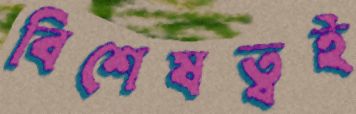
বিশেষত্বই